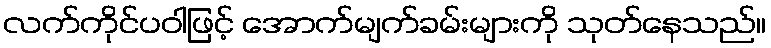
လက်ကိုင်ပဝါဖြင့် အောက်မျက်ခမ်းများကို သုတ်နေသည်။